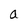
Character: a